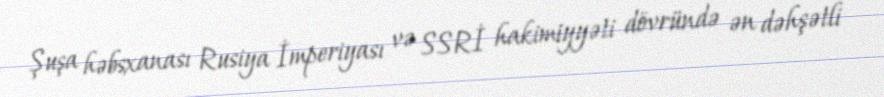
Şuşa həbsxanası Rusiya İmperiyası və SSRİ hakimiyyəti dövründə ən dəhşətli